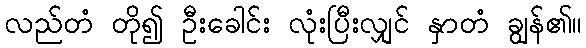
လည်တံ တို၍ ဦးခေါင်း လုံးပြီးလျှင် နှာတံ ချွန်၏။